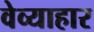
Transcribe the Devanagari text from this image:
वेव्याहार